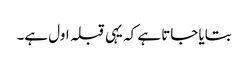
بتایا جاتا ہے کہ یہی قبلہ اول ہے۔